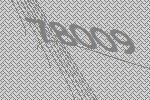
78009